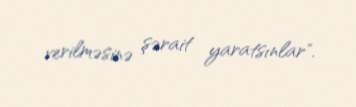
verilməsinə şərait yaratsınlar".